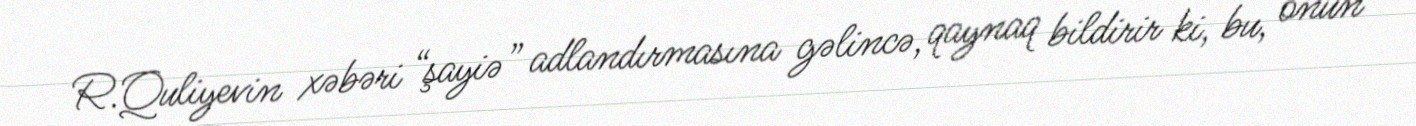
R.Quliyevin xəbəri “şayiə” adlandırmasına gəlincə, qaynaq bildirir ki, bu, onun